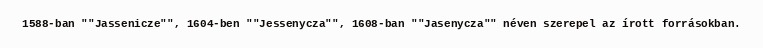
1588-ban ""Jassenicze"", 1604-ben ""Jessenycza"", 1608-ban ""Jasenycza"" néven szerepel az írott forrásokban.